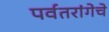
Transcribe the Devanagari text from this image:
पर्वतरांगेचे